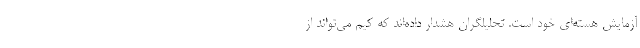
آزمایش هسته‌ای خود است. تحلیلگران هشدار داده‌اند که کیم می‌تواند از